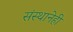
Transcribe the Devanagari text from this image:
संस्थानेही